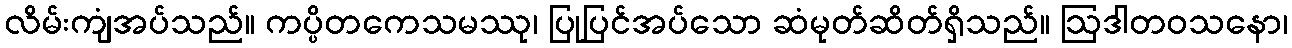
လိမ်းကျံအပ်သည်။ ကပ္ပိတကေသမဿု၊ ပြုပြင်အပ်သော ဆံမုတ်ဆိတ်ရှိသည်။ ဩဒါတဝသနော၊